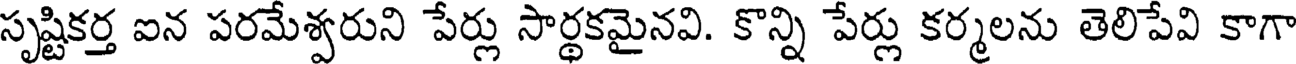
సృష్టికర్త ఐన పరమేశ్వరుని పేర్లు సార్థకమైనవి. కొన్ని పేర్లు కర్మలను తెలిపేవి కాగా